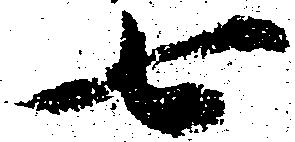
七